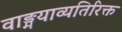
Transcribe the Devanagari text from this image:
वाङ्मयाव्यतिरिक्त